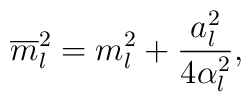
\overline{m}_l^2=m_l^2+\frac{a_l^2}{4\alpha_l^2},